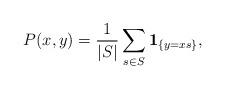
LaTeX: \begin{align*}P(x,y) =\frac{1}{|S|}\sum_{s \in S} {\mathbf 1}_{\{y = x s\}},\end{align*}